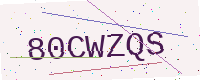
Text: 80CWZQS